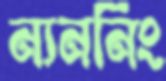
ন্যননিং